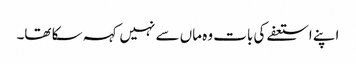
اپنے استعفے کی بات وہ ماں سے نہیں کہہ سکا تھا۔